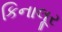
કિનાલૂર